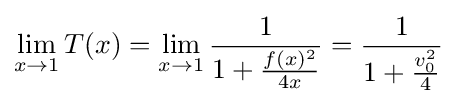
\lim _{x\to 1}T(x)=\lim _{x\to 1}{\frac {1}{1+{\frac {f(x)^{2}}{4x}}}}={\frac {1}{1+{\frac {v_{0}^{2}}{4}}}}